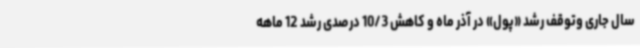
سال جاری وتوقف رشد «پول» در آذر ماه و کاهش 10/3 درصدی رشد 12 ماهه